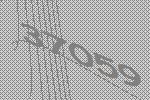
37059